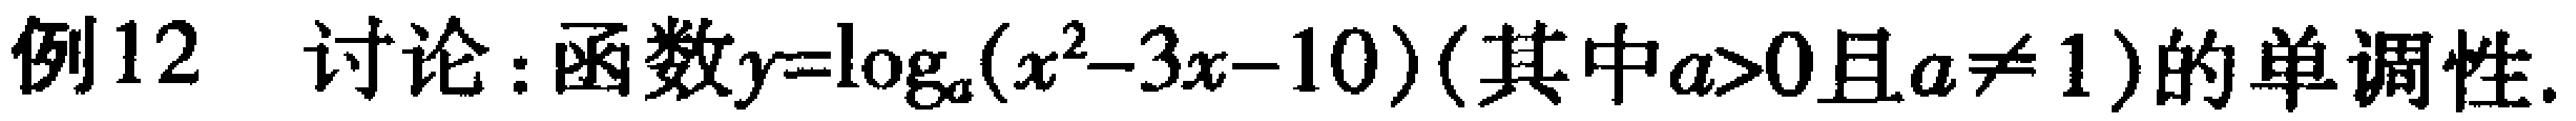
例12 讨论：函数\(y = \log_{a}(x^{2} - 3x - 10)\)（其中\(a>0\)且\(a\neq 1\)）的单调性.